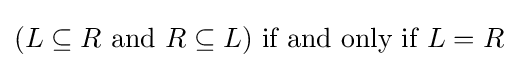
{\textstyle (L\subseteq R{\text{ and }}R\subseteq L){\text{ if and only if }}L=R}